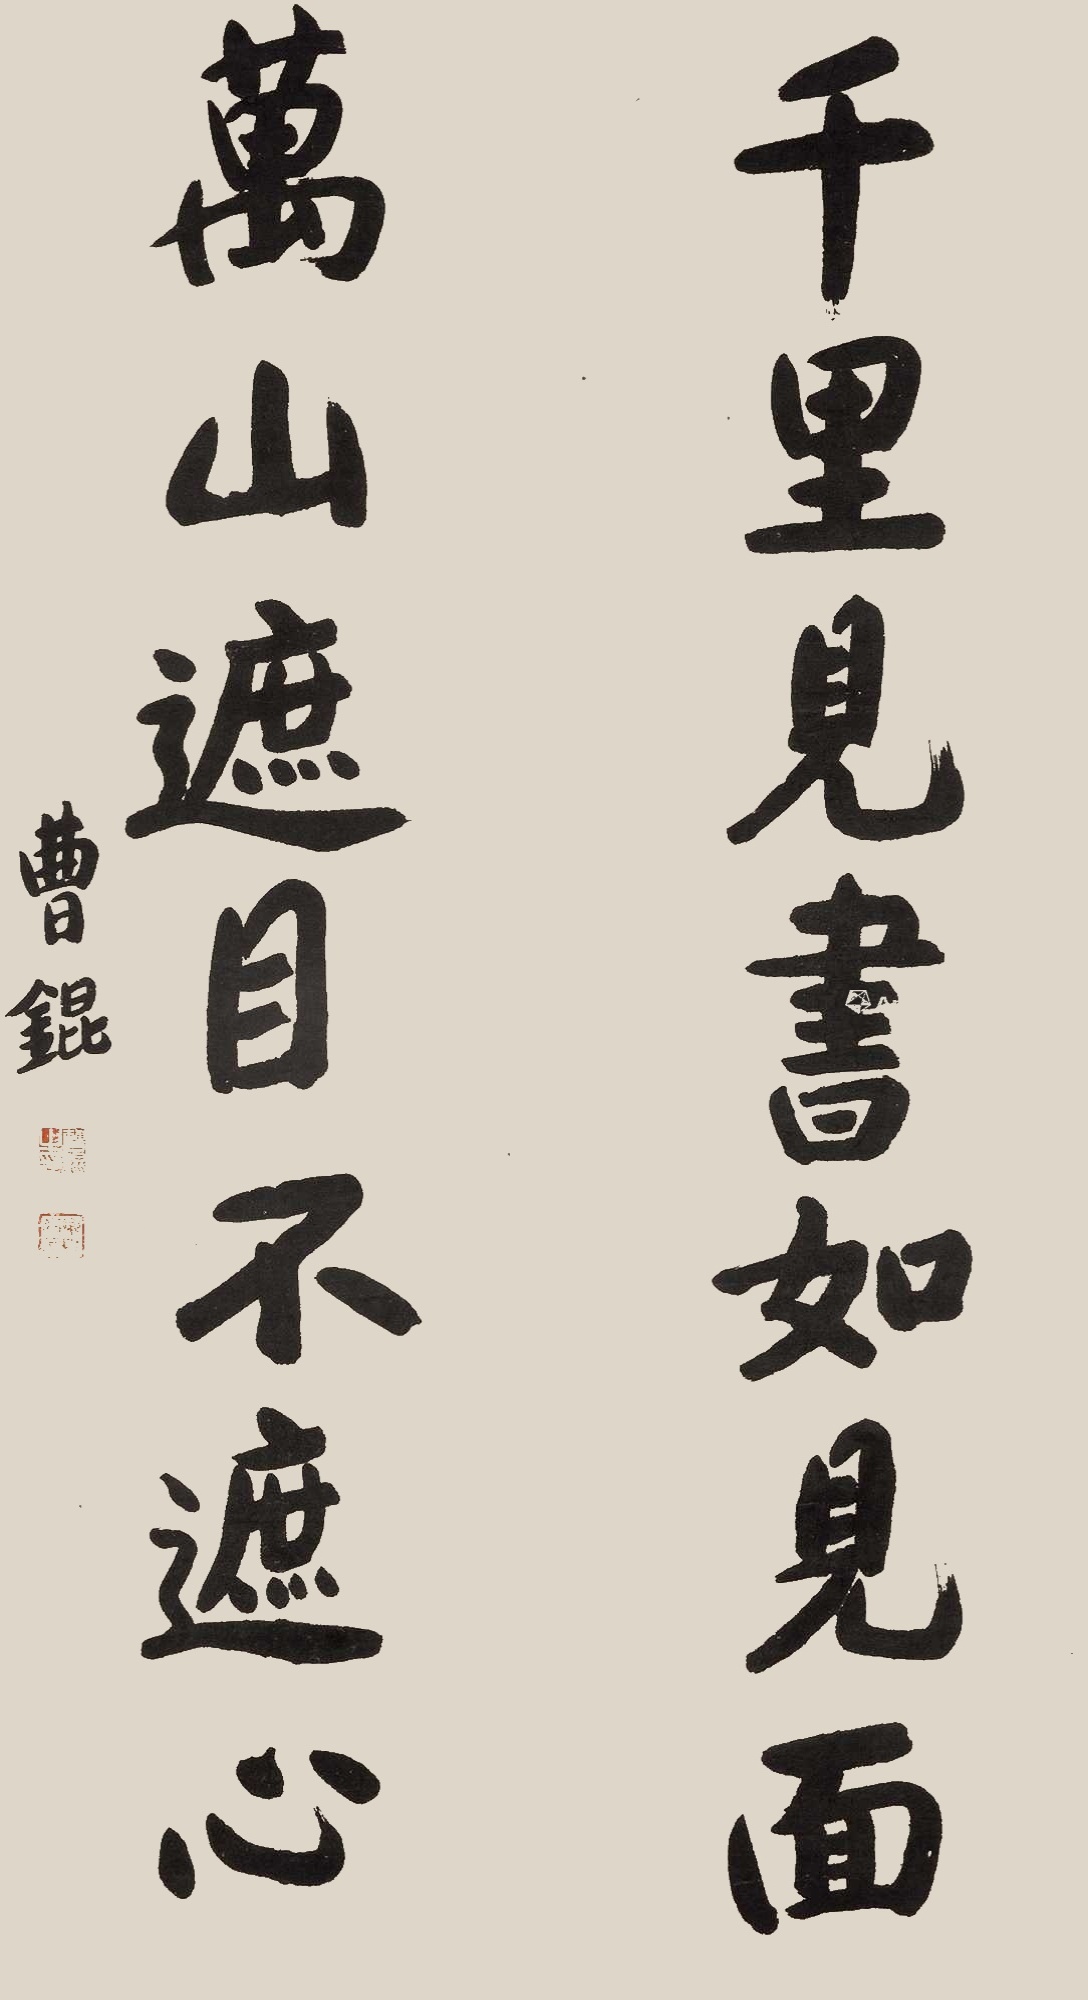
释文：千里见书如见面，万山遮目不遮心。曹锟。